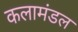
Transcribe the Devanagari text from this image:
कलामंडल